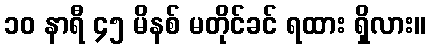
၁၀ နာရီ ၄၅ မိနစ် မတိုင်ခင် ရထား ရှိလား။